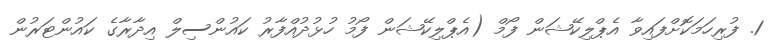
1. ފުރިހަމަކޮށްފައިވާ އެޕްލިކޭޝަން ފޯމް (އެޕްލިކޭޝަން ފޯމު ހުޅުދުއްފާރު ކައުންސިލް އިދާރާގެ ކައުންޓަރުން